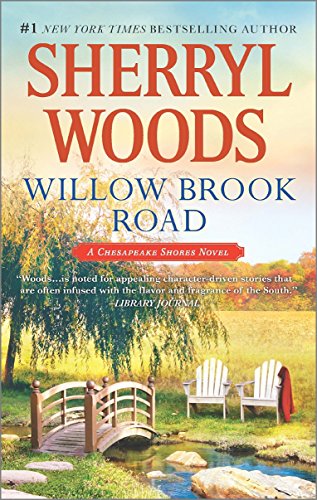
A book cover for Willow Brook Road (A Chesapeake Shores Novel); Sherryl Woods; Romance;